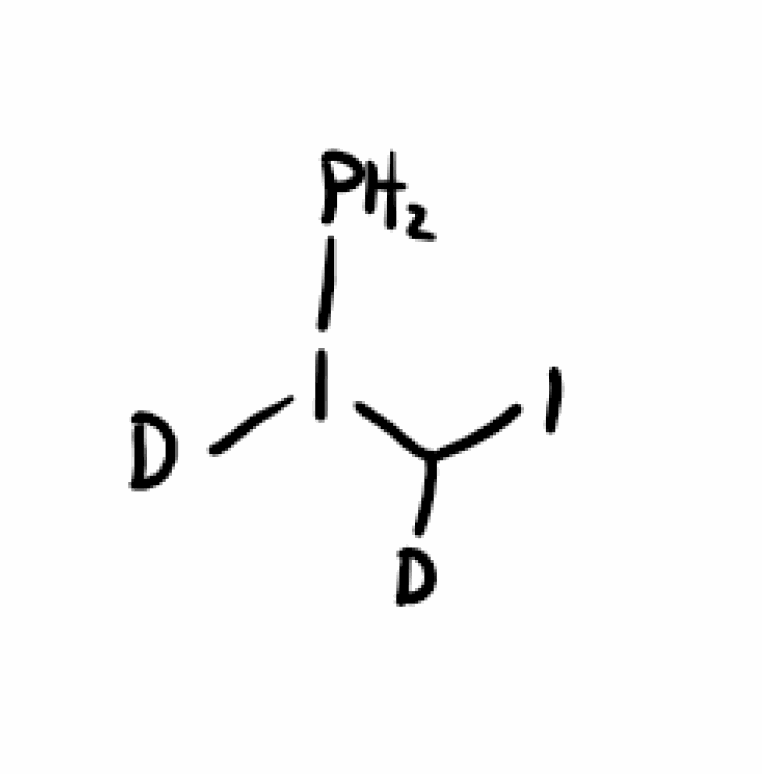
Simplified molecular-input line-entry system (SMILES) notation of the given molecule:
[2H]C(I)I([2H])P